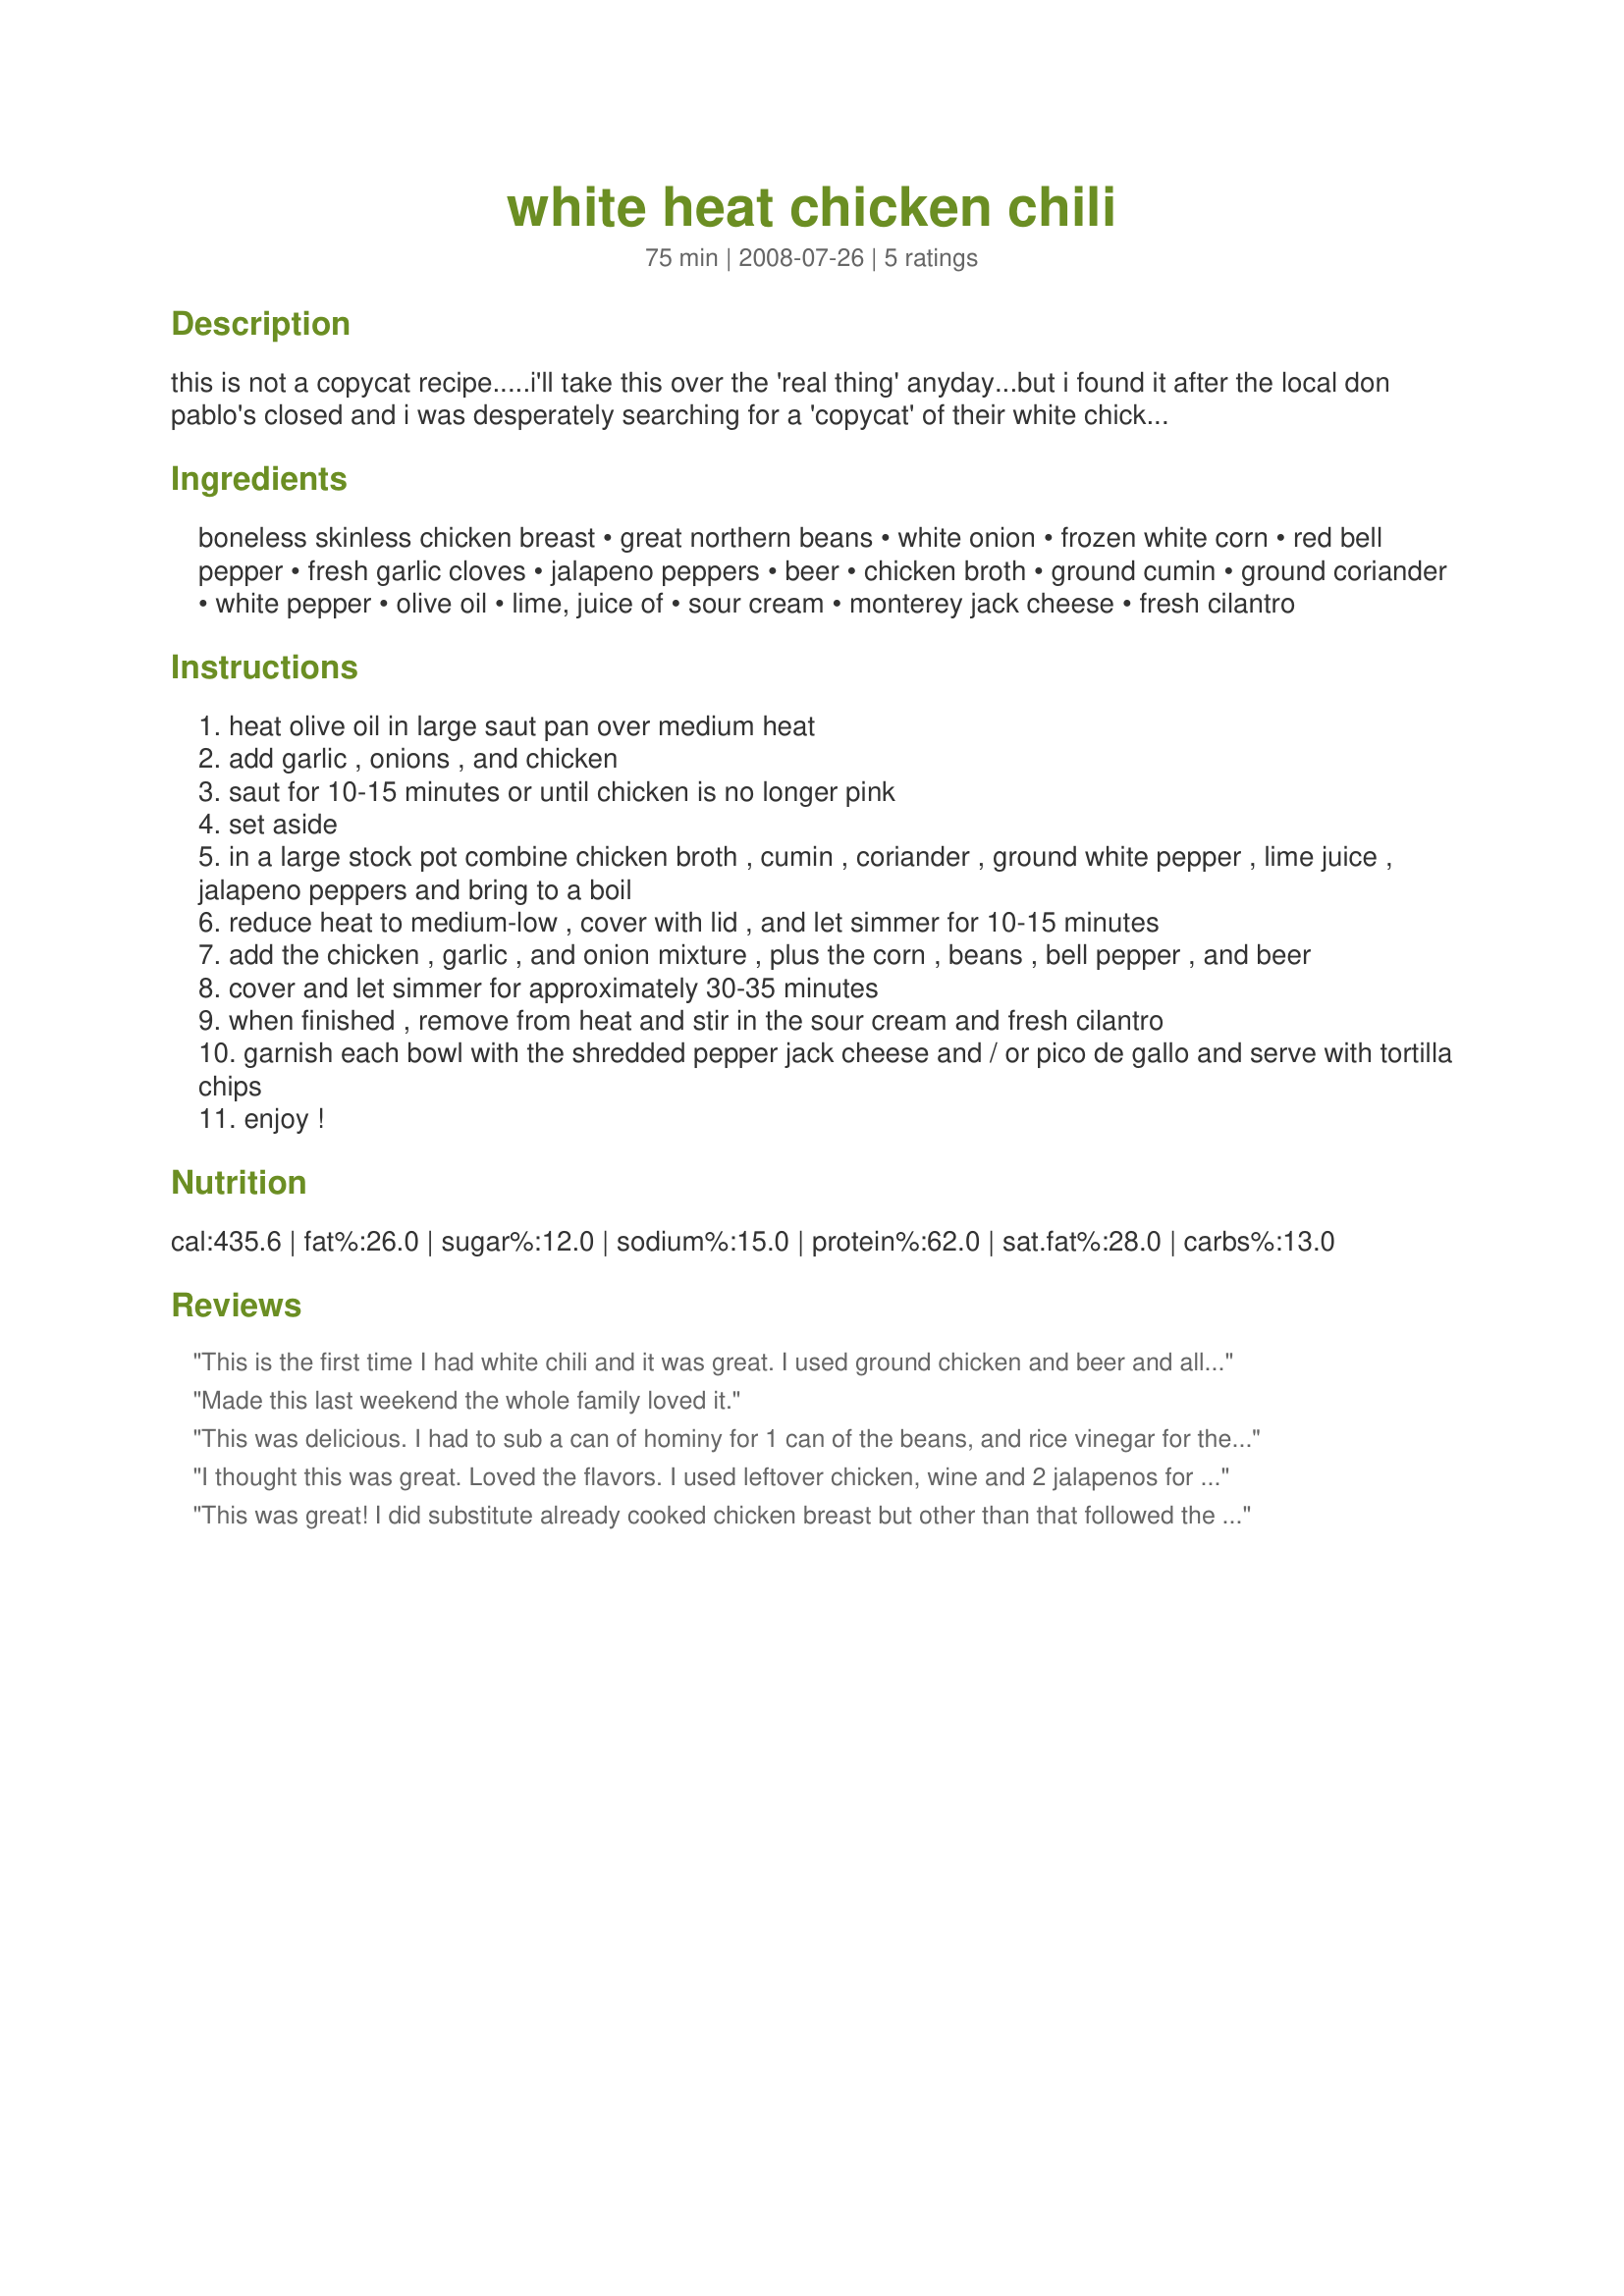
white heat chicken chili
Preparation time: 75 minutes

this is not a copycat recipe.....i'll take this over the 'real thing' anyday...but i found it after the local don pablo's closed and i was desperately searching for a 'copycat' of their white chicken chili (which is actually very good white chili!).

..... never found one that fit the bill, but my sister sent me this recipe and i fell in love with it. it has some similarity to the don pablo's version, but i actually find it to be so much more hearty and flavorful! i make this at least every couple of months now, no matter the time of year. it has a lot of heat, but the sour cream added at the end helps tone it down. you can also use a milder pepper (could use mild green chilis, roasted, skinned and chopped) if you or yours are not fans of spicy food.

Ingredients:
boneless skinless chicken breast, great northern beans, white onion, frozen white corn, red bell pepper, fresh garlic cloves, jalapeno peppers, beer, chicken broth, ground cumin, ground coriander, white pepper, olive oil, lime, juice of, sour cream, monterey jack cheese, fresh cilantro

Steps:
heat olive oil in large saut pan over medium heat
add garlic , onions , and chicken
saut for 10-15 minutes or until chicken is no longer pink
set aside
in a large stock pot combine chicken broth , cumin , coriander , ground white pepper , lime juice , jalapeno peppers and bring to a boil
reduce heat to medium-low , cover with lid , and let simmer for 10-15 minutes
add the chicken , garlic , and onion mixture , plus the corn , beans , bell pepper , and beer
cover and let simmer for approximately 30-35 minutes
when finished , remove from heat and stir in the sour cream and fresh cilantro
garnish each bowl with the shredded pepper jack cheese and / or pico de gallo and serve with tortilla chips
enjoy !

Reviews:
This is the first time I had white chili and it was great. I used ground chicken and beer and all the jalapeno peppers since I only made it for myself and husband. I used a bit more cilantro because I love it so much. Thanks for the recipe.
Made this last weekend the whole family loved it.
This was delicious. I had to sub a can of hominy for 1 can of the beans, and rice vinegar for the lime juice since I lacked those 2 ingredients. Still was great. The hominy actually gave it an interesting texture too. I'm glad that you warned us about the smell while cooking; my husband was put off by it, but pleasantly surprised when he tasted the final product. Thanks for a different white chili recipe. Will make it again!
I thought this was great. Loved the flavors. I used leftover chicken, wine and 2 jalapenos for half a recipe. I used pepper jack cheese and added 1/2 t. oregano and 1/8 t. cayenne.
This was great! I did substitute already cooked chicken breast but other than that followed the recipe exactly. I used 6 jalapenos without seeds because hubby doesn't like the fire as much as I do. It's got a kick but not mouth burning at all. Also, in the beginning it looks like there is too little liquid to make it come together but at the end it does, so don't panic! Thanks for the great recipe - it's a keeper!
